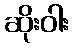
ဆိုးဝါး